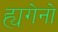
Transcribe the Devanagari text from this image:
ह्यगेनो